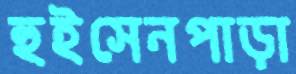
হুইসেনপাড়া